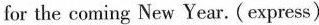
for the coming New Year. (express)